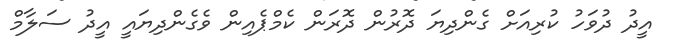
އީދު ދުވަހު ކުރިއަށް ގެންދިޔަ ދޮރުން ދޮރަން ކެމްޕެއިން ވެގެންދިޔައީ އީދު ސަލާމް